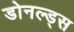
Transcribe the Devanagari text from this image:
डोनल्ड्स